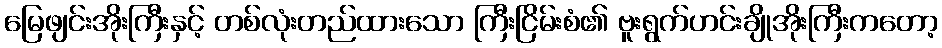
မြေဖျင်းအိုးကြီးနှင့် တစ်လုံးတည်ထားသော ကြီးငြိမ်းစံ၏ ဗူးရွက်ဟင်းချိုအိုးကြီးကတော့